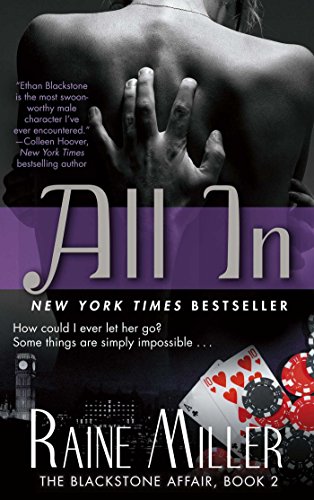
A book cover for All In: The Blackstone Affair, Book 2; Raine Miller; Romance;